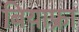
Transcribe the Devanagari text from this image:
बियाफ्रा